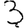
Digit: 3